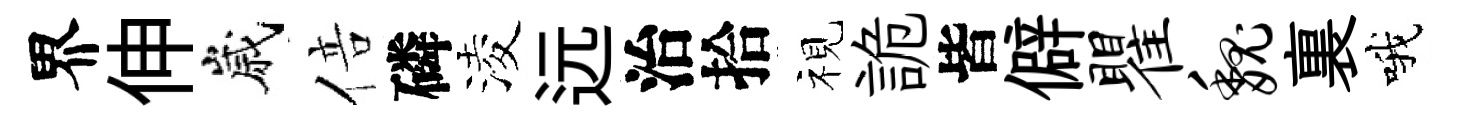
界伸嵗倍磷淩远治拾视詭皆僻瞿魏裏哦